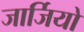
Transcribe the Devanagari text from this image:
जार्जियो